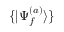
\{ | \Psi _ { f } ^ { ( a ) } \rangle \}